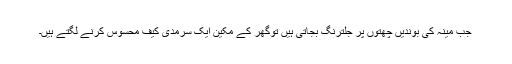
جب مینہ کی بوندیں چھتوں پر جلترنگ بجاتی ہیں توگھر کے مکین ایک سرمدی کیف محسوس کرنے لگتے ہیں۔